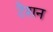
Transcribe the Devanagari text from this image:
टैशन